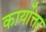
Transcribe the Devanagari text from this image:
कार्योत्तर